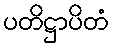
ပတိဋ္ဌာပိတံ